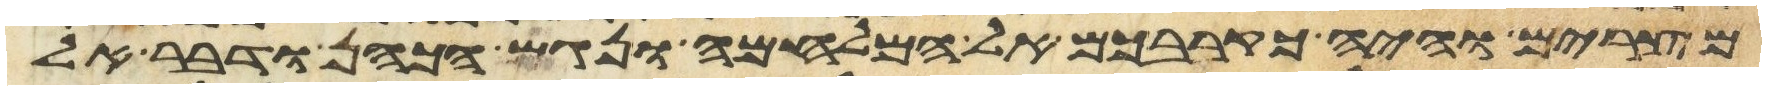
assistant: מצרים והיה כקרבכם אל המלחמה ונגש הכהן ודבר אל